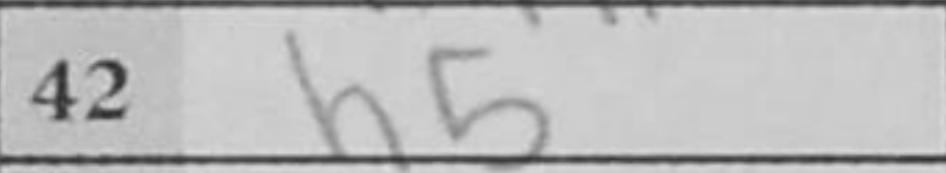
Transcription: h5